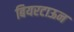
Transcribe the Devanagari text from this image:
बियरटाऊन